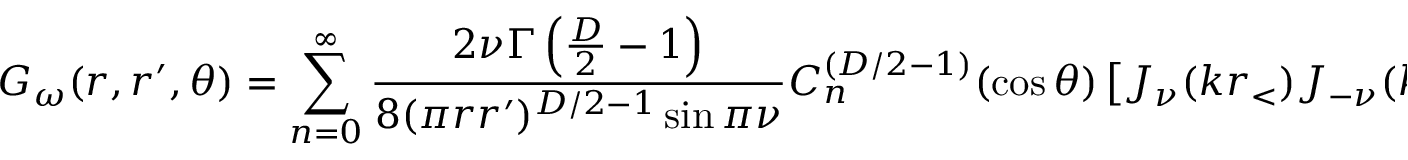
{ \cal G } _ { \omega } ( r , r ^ { \prime } , \theta ) = \sum _ { n = 0 } ^ { \infty } { \frac { 2 \nu \Gamma \left( { \frac { D } { 2 } } - 1 \right) } { 8 ( \pi r r ^ { \prime } ) ^ { D / 2 - 1 } \sin \pi \nu } } C _ { n } ^ { ( D / 2 - 1 ) } ( \cos \theta ) \left[ J _ { \nu } ( k r _ { < } ) J _ { - \nu } ( k r _ { > } ) - \beta J _ { \nu } ( k r ) J _ { \nu } ( k r ^ { \prime } ) \right] ,